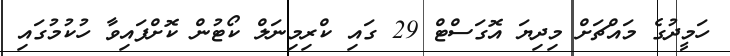
ހަމީދުގެ މައްޗަށް މިދިޔަ އޮގަސްޓް 29 ގައި ކްރިމިނަލް ކޯޓުން ކޮށްފައިވާ ހުކުމުގައި